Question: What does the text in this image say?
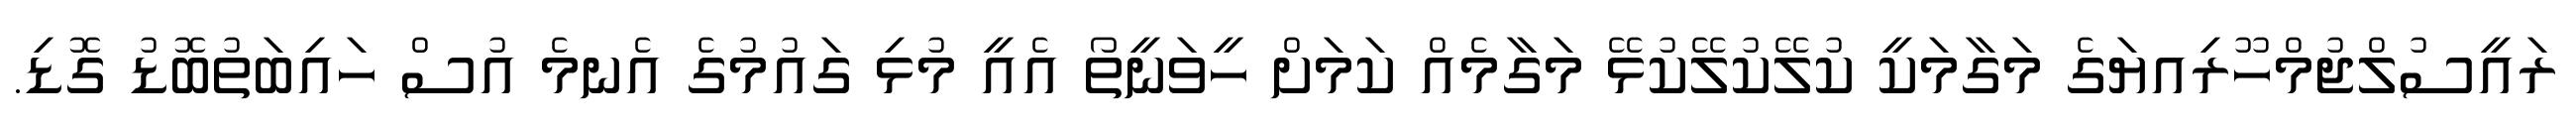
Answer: ރައީސުލްޖުމްހޫރިއޔަގެ މަގާމަކީ ކުލޭކުލޭކުޅޭ މަގާމެއް ކަމަށް ހީވަނީތޯ އެއީ މުޅި ގައުމުގެ އެނމެ އުސް ހައިބަތުބޮޑު ގޮޑި.